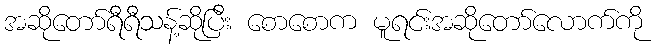
အဆိုတော်ရီရီသန့်ဆိုပြီး စောစောက မူရင်းအဆိုတော်လောက်ကို